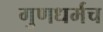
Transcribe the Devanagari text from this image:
गुणधर्मच